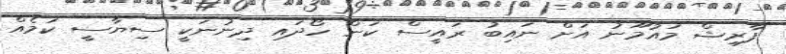
ފާރިޝް މައުމޫނު އަށް ނައިބު ރައީސް ކަން ހޯދައި ދިނުނަކީ ސިޔާސީ ކަމެއް